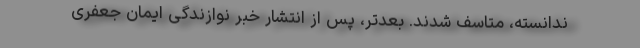
ندانسته، متاسف شدند. بعدتر، پس از انتشار خبر نوازندگی ایمان جعفری